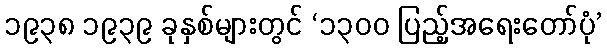
၁၉၃၈ ၁၉၃၉ ခုနှစ်များတွင် ‘၁၃၀၀ ပြည့်အရေးတော်ပုံ’